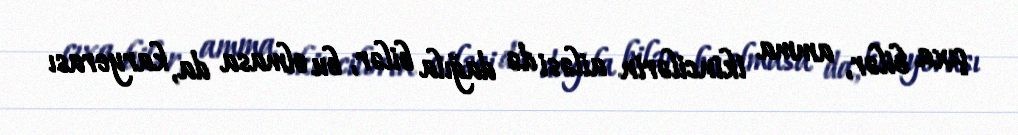
çıxa bilər, amma ikincilərin ailəsi də dağıla bilər, bu olmasa da, karyerası